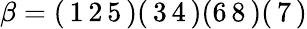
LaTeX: \beta=(\, 1\, 2\, 5\, )(\, 3\, 4\, )(6\, 8\, )(\, 7\, )